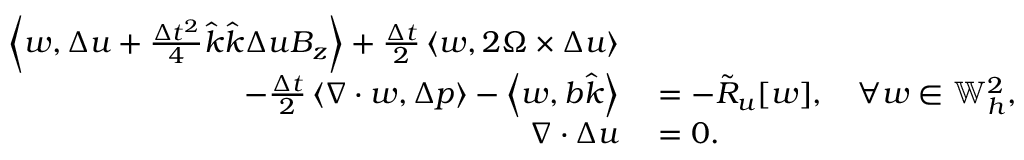
\begin{array} { r l } { \left\langle w , \Delta u + \frac { \Delta t ^ { 2 } } { 4 } \hat { k } \hat { k } \Delta u B _ { z } \right\rangle + \frac { \Delta t } { 2 } \left\langle w , 2 \Omega \times \Delta u \right\rangle } & { { } } \\ { \qquad - \frac { \Delta t } { 2 } \left\langle \nabla \cdot w , \Delta p \right\rangle - \left\langle w , b \hat { k } \right\rangle } & { { } = - \tilde { R } _ { u } [ w ] , \quad \forall w \in \mathbb { W } _ { h } ^ { 2 } , } \\ { \nabla \cdot \Delta u } & { { } = 0 . } \end{array}